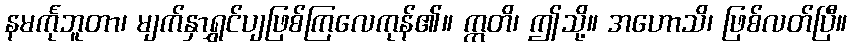
နမင်္ကုဘူတာ၊ မျက်နှာရွှင်ပျဖြစ်ကြလေကုန်၏။ ဣတိ၊ ဤသို့။ အဟောသိ၊ ဖြစ်လတ်ပြီ။